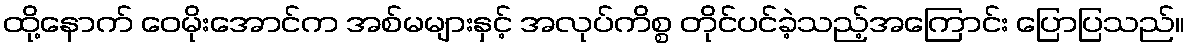
ထို့နောက် ဝေမိုးအောင်က အစ်မများနှင့် အလုပ်ကိစ္စ တိုင်ပင်ခဲ့သည့်အကြောင်း ပြောပြသည်။